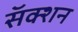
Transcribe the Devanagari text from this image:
सॅक्शन